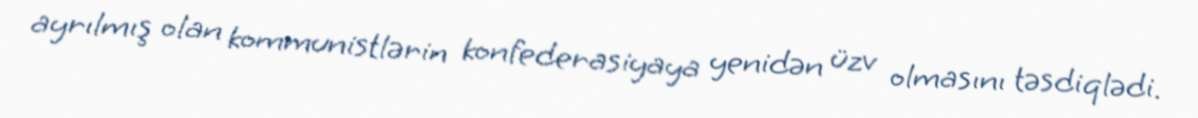
ayrılmış olan kommunistlərin konfederasiyaya yenidən üzv olmasını təsdiqlədi.